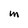
Character: M